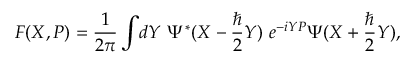
{ \cal F } ( X , P ) = { \frac { 1 } { 2 \pi } } \int \! d Y ~ \Psi ^ { * } ( X - { \frac { \hbar } { 2 } } Y ) ~ e ^ { - i Y P } \Psi ( X + { \frac { \hbar } { 2 } } Y ) ,